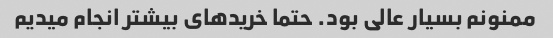
ممنونم بسیار عالی بود. حتما خریدهای بیشتر انجام میدیم